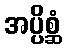
အပ္ပိစ္ဆံ